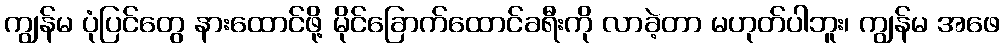
ကျွန်မ ပုံပြင်တွေ နားထောင်ဖို့ မိုင်ခြောက်ထောင်ခရီးကို လာခဲ့တာ မဟုတ်ပါဘူး၊ ကျွန်မ အဖေ